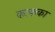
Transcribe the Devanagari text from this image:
काफका